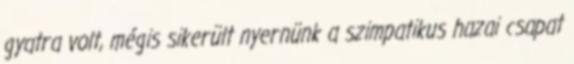
gyatra volt, mégis sikerült nyernünk a szimpatikus hazai csapat